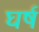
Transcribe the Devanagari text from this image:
घर्ष